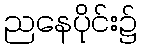
ညနေပိုင်း၌